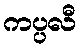
ကပ္ပလီ